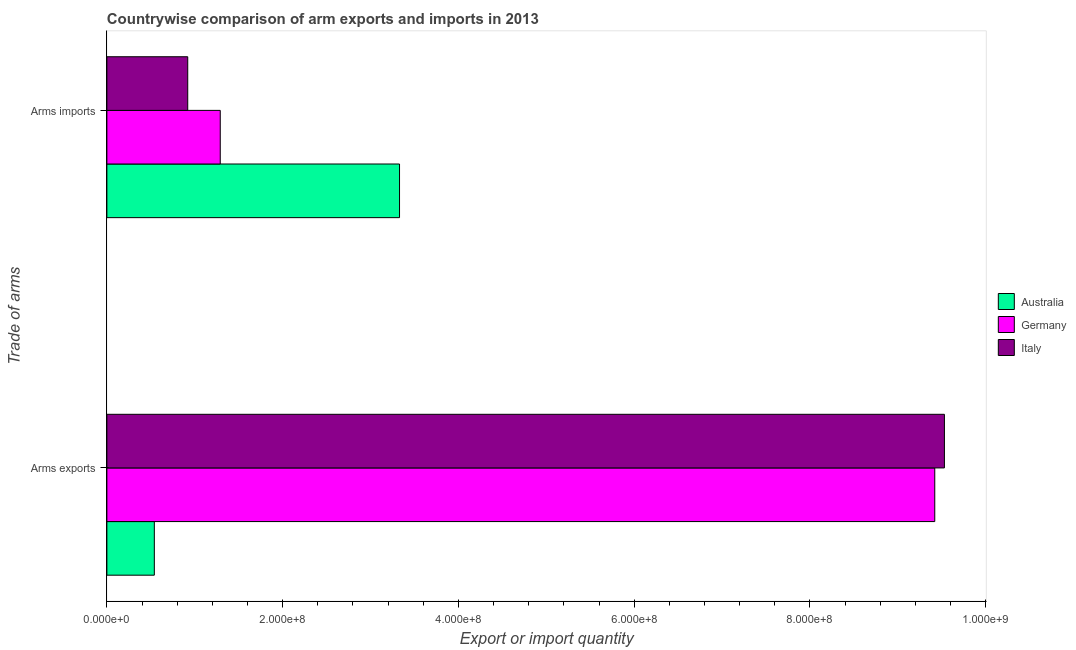
| Trade of arms | Australia | Germany | Italy |
 | --- | --- | --- | --- |
 | Arms exports | 5.4e+07 | 9.42e+08 | 9.53e+08 |
 | Arms imports | 3.33e+08 | 1.29e+08 | 9.2e+07 |